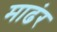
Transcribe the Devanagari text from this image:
माढंर